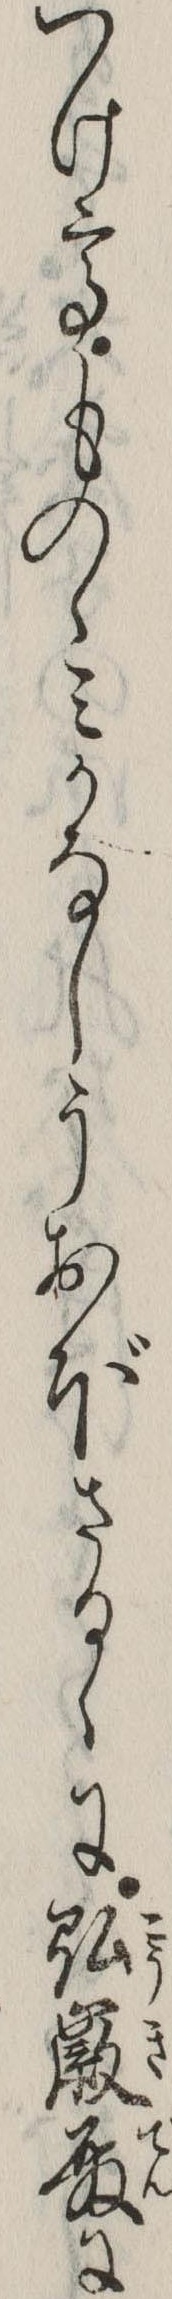
つけてものゝみかなしうおぼさるゝに弘徽殿に